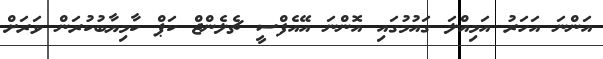
އަންނަ އަހަރު އަމިއްލަ ގައުމުގައި އޮންނަ އޭއެފްސީ ޗެލެންޖް ކަޕް ކާމިޔާބުކުރަން ވަރަށް